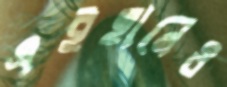
এইহানেও